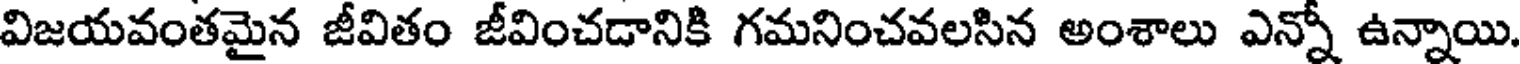
విజయవంతమైన జీవితం జీవించడానికి గమనించవలసిన అంశాలు ఎన్నో ఉన్నాయి